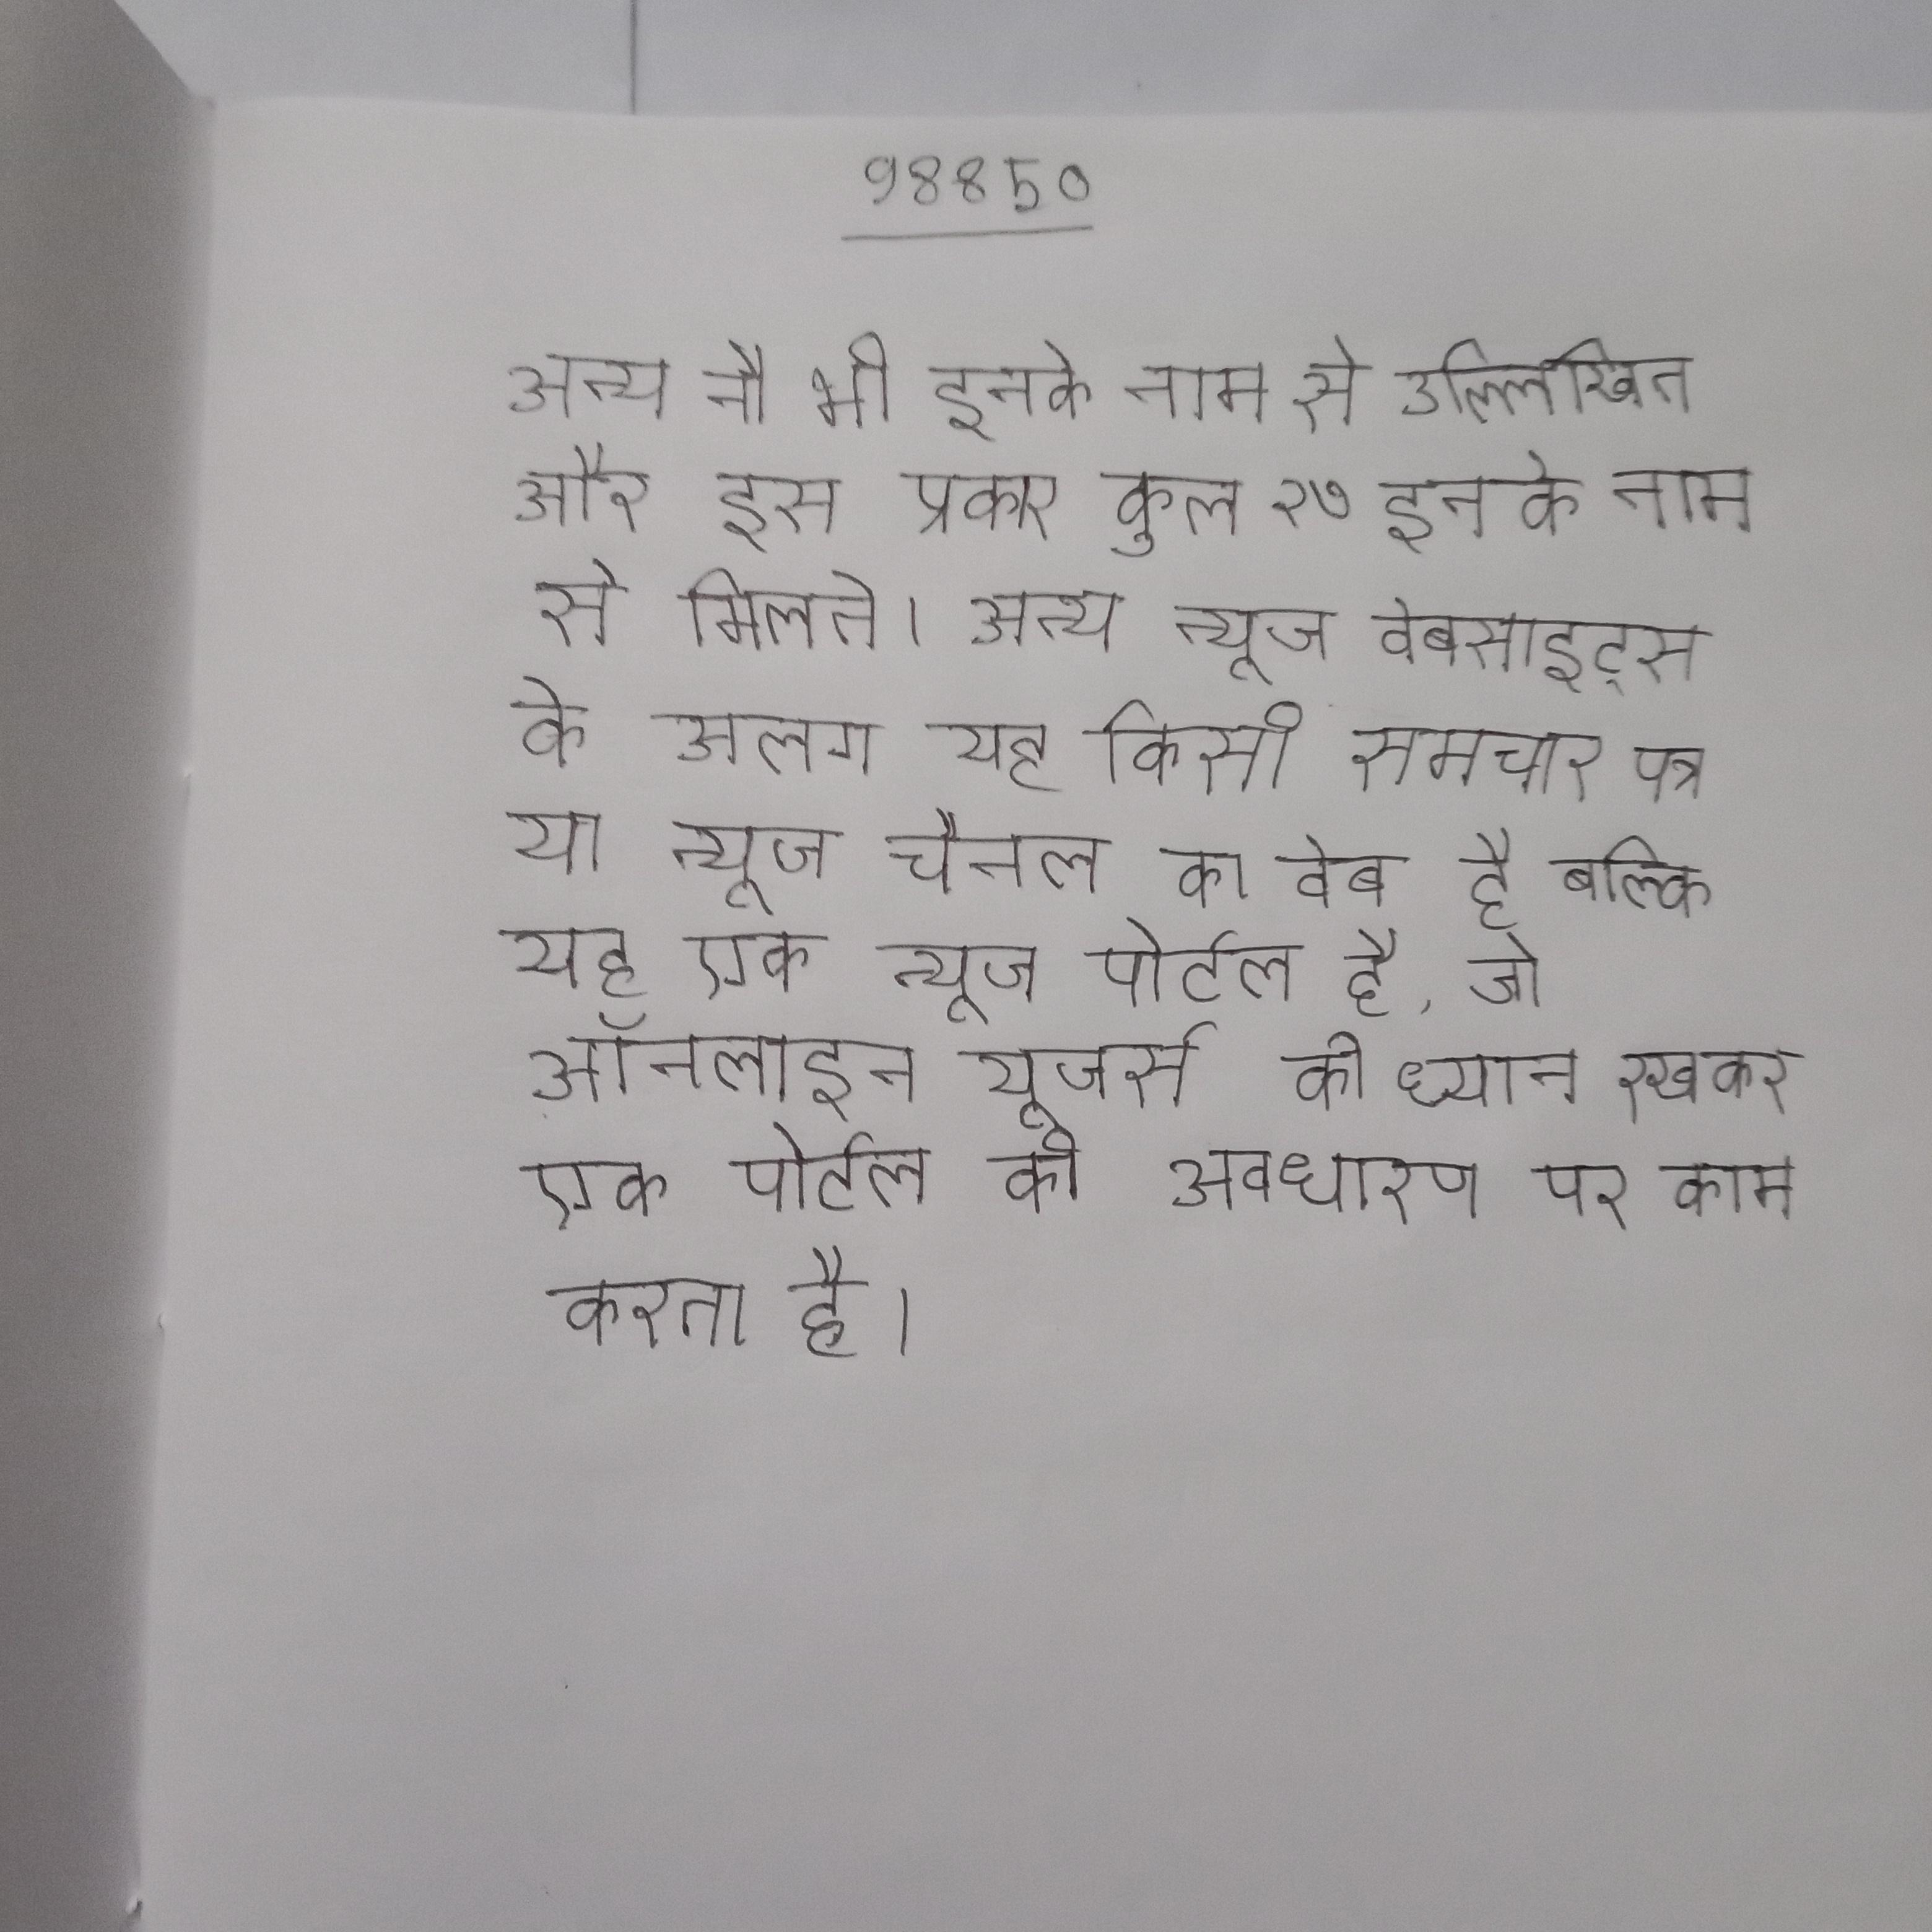
अन्य नौ भी इनके नाम से उल्लिखित और इस प्रकार कुल २७ इनके नाम से मिलते । अन्य न्यूज वेबसाइट्स के अलग यह किसी समाचार पत्र या न्यूज चैनल का वेब है बल्कि यह एक न्यूज पोर्टल है, जो ऑनलाइन यूजर्स को ध्यान रखकर एक पोर्टल की अवधारणा पर काम करता है ।